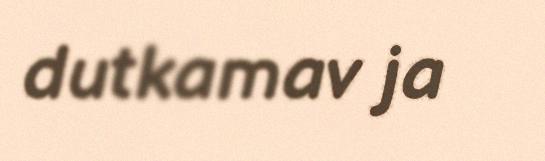
dutkamav ja